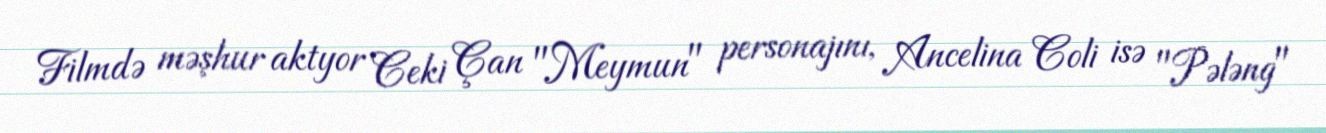
Filmdə məşhur aktyor Ceki Çan "Meymun" personajını, Ancelina Coli isə "Pələng"